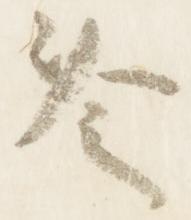
冷